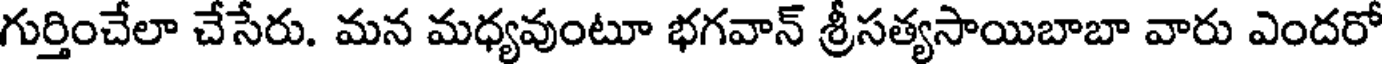
గుర్తించేలా చేసేరు. మన మధ్యవుంటూ భగవాన్ శ్రీసత్యసాయిబాబా వారు ఎందరో